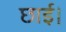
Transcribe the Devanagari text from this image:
छाई।